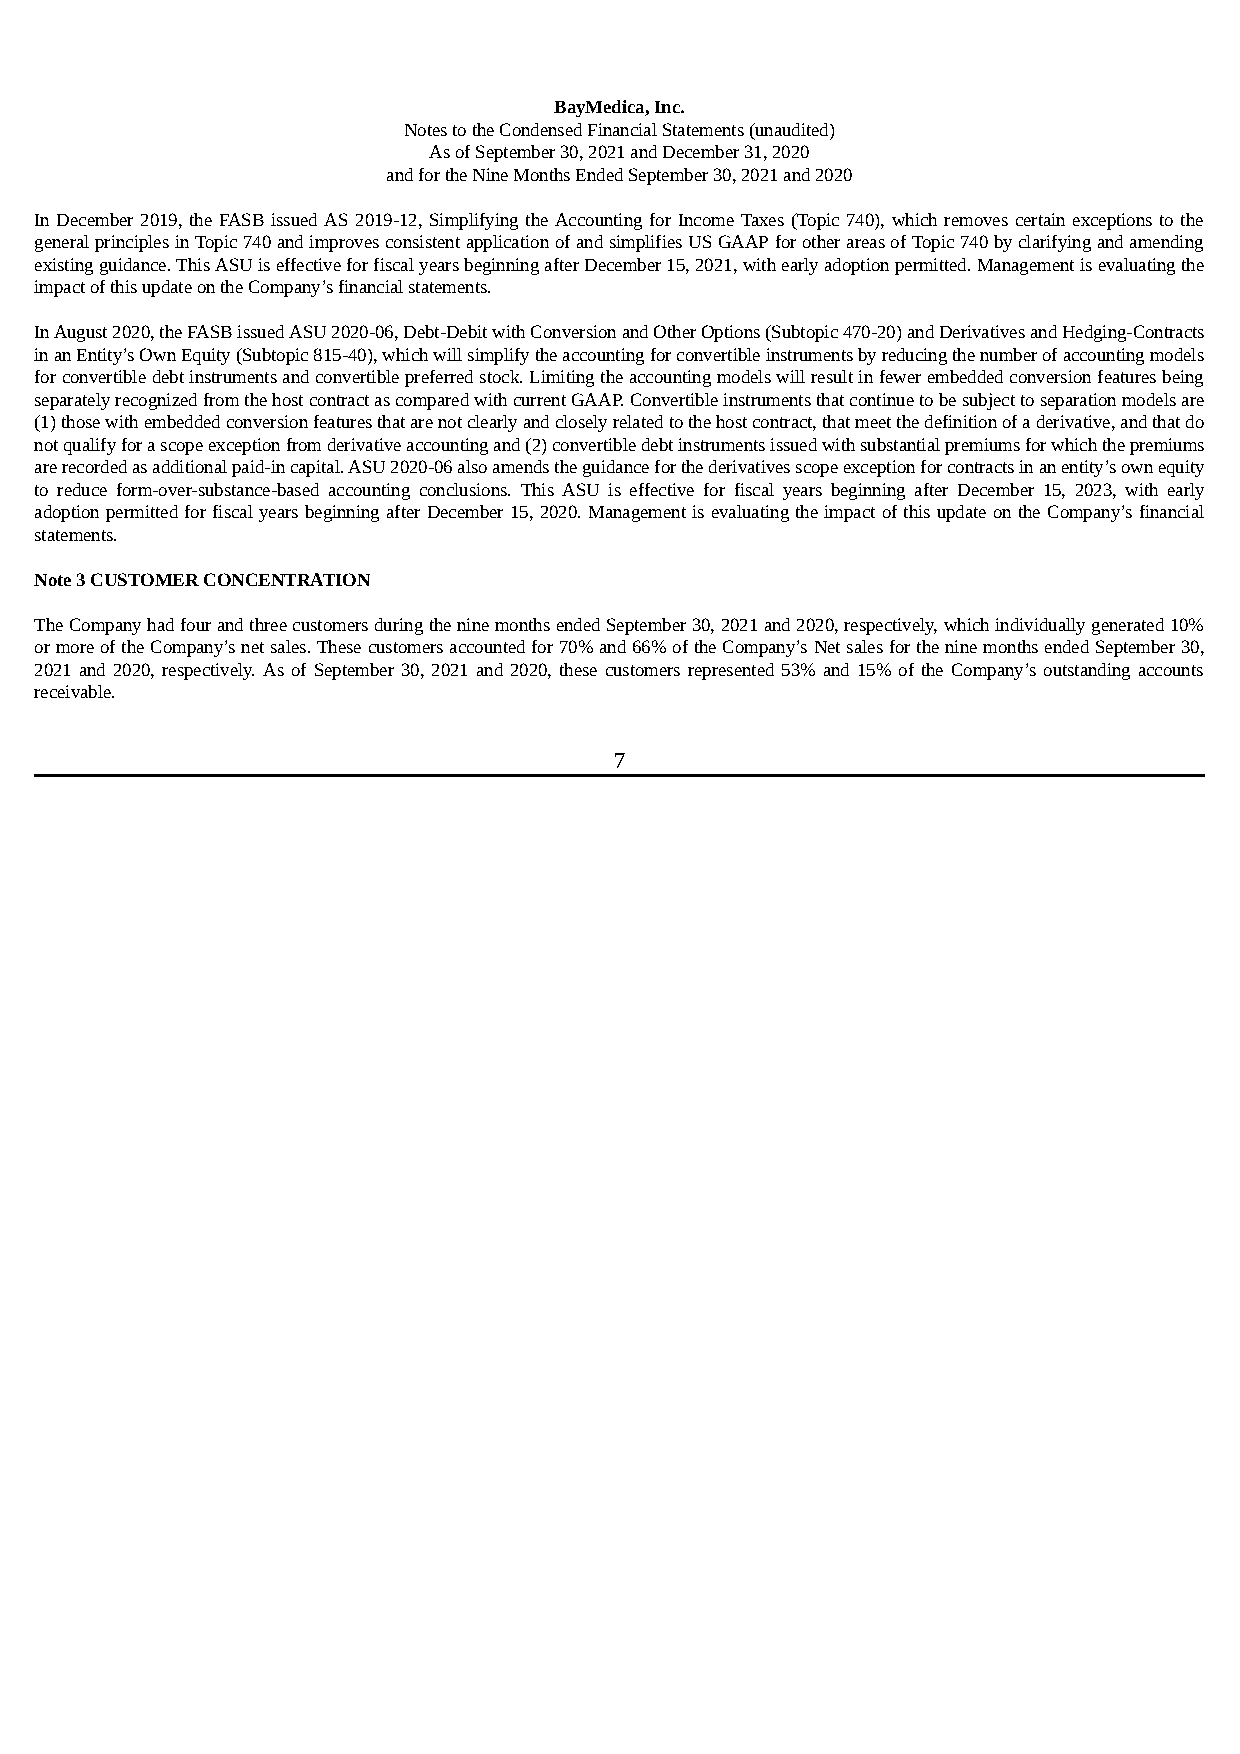
BayMedica, Inc.
 Notes to the Condensed Financial Statements (unaudited)
 As of September 30, 2021 and December 31, 2020
 and for the Nine Months Ended September 30, 2021 and 2020
 In December 2019, the FASB issued AS 2019-12, Simplifying the Accounting for Income Taxes (Topic 740), which removes certain exceptions to the
 general principles in Topic 740 and improves consistent application of and simplifies US GAAP for other areas of Topic 740 by clarifying and amending
 existing guidance. This ASU is effective for fiscal years beginning after December 15, 2021, with early adoption permitted. Management is evaluating the
 impact of this update on the Company’s financial statements.
 In August 2020, the FASB issued ASU 2020-06, Debt-Debit with Conversion and Other Options (Subtopic 470-20) and Derivatives and Hedging-Contracts
 in an Entity’s Own Equity (Subtopic 815-40), which will simplify the accounting for convertible instruments by reducing the number of accounting models
 for convertible debt instruments and convertible preferred stock. Limiting the accounting models will result in fewer embedded conversion features being
 separately recognized from the host contract as compared with current GAAP. Convertible instruments that continue to be subject to separation models are
 (1) those with embedded conversion features that are not clearly and closely related to the host contract, that meet the definition of a derivative, and that do
 not qualify for a scope exception from derivative accounting and (2) convertible debt instruments issued with substantial premiums for which the premiums
 are recorded as additional paid-in capital. ASU 2020-06 also amends the guidance for the derivatives scope exception for contracts in an entity’s own equity
 to reduce form-over-substance-based accounting conclusions. This ASU is effective for fiscal years beginning after December 15, 2023, with early
 adoption permitted for fiscal years beginning after December 15, 2020. Management is evaluating the impact of this update on the Company’s financial
 statements.
 Note 3 CUSTOMER CONCENTRATION
 The Company had four and three customers during the nine months ended September 30, 2021 and 2020, respectively, which individually generated 10%
 or more of the Company’s net sales. These customers accounted for 70% and 66% of the Company’s Net sales for the nine months ended September 30,
 2021 and 2020, respectively. As of September 30, 2021 and 2020, these customers represented 53% and 15% of the Company’s outstanding accounts
 receivable.
 7